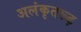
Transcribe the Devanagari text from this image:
अलंकृतरूढ़